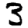
Digit: 3